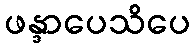
ဖန္ဒာပေသိပေ